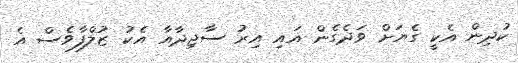
ކުދިން އެކީ ގެޔަށް ވަދެގެން އައި އިރު ސާޖިދާއާ އެކު ޒުލްފާވެސް އެ